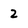
Character: 2